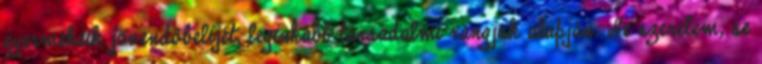
gyermekeik jövendőbelijét, leginkább társadalmi rangjuk alapján. Se szerelem, se